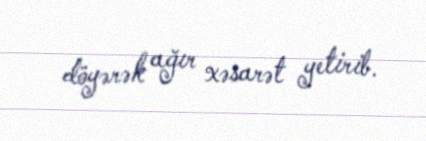
döyərək ağır xəsarət yetirib.